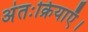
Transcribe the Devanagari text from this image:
अंतःक्रियाएँ।